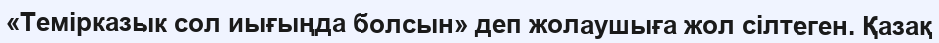
«Темірказык сол иығыңда болсын» деп жолаушыға жол сілтеген. Қазақ